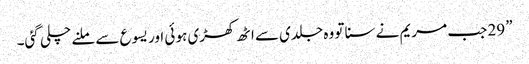
” 29 جب مریم نے سنا تو وہ جلدی سے اٹھ کھڑی ہو ئی اور یسوع سے ملنے چلی گئی۔